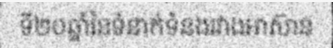
ទី២០ឆ្នាំនៃទំនាក់ទំនងរវាងអាស៊ាន